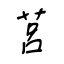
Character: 莒